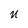
Character: U